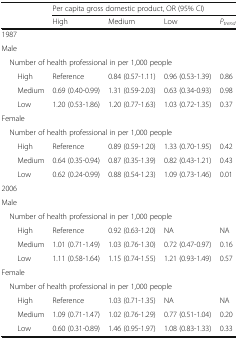
<table><thead><tr><td rowspan="2"></td><td colspan="4"><b>Per capita gross domestic product, OR (95% CI)</b></td></tr><tr><td><b>High</b></td><td><b>Medium</b></td><td><b>Low</b></td><td><b><i>P</i><sub><i>trend</i></sub></b></td></tr></thead><tbody><tr><td colspan="5">1987</td></tr><tr><td colspan="5">Male</td></tr><tr><td colspan="5"> Number of health professional in per 1,000 people</td></tr><tr><td>High</td><td>Reference</td><td>0.84 (0.57-1.11)</td><td>0.96 (0.53-1.39)</td><td>0.86</td></tr><tr><td>Medium</td><td>0.69 (0.40-0.99)</td><td>1.31 (0.59-2.03)</td><td>0.63 (0.34-0.93)</td><td>0.98</td></tr><tr><td>Low</td><td>1.20 (0.53-1.86)</td><td>1.20 (0.77-1.63)</td><td>1.03 (0.72-1.35)</td><td>0.37</td></tr><tr><td colspan="5">Female</td></tr><tr><td colspan="5"> Number of health professional in per 1,000 people</td></tr><tr><td>High</td><td>Reference</td><td>0.89 (0.59-1.20)</td><td>1.33 (0.70-1.95)</td><td>0.42</td></tr><tr><td>Medium</td><td>0.64 (0.35-0.94)</td><td>0.87 (0.35-1.39)</td><td>0.82 (0.43-1.21)</td><td>0.43</td></tr><tr><td>Low</td><td>0.62 (0.24-0.99)</td><td>0.88 (0.54-1.23)</td><td>1.09 (0.73-1.46)</td><td>0.01</td></tr><tr><td colspan="5">2006</td></tr><tr><td colspan="5">Male</td></tr><tr><td colspan="5"> Number of health professional in per 1,000 people</td></tr><tr><td>High</td><td>Reference</td><td>0.92 (0.63-1.20)</td><td>NA</td><td>NA</td></tr><tr><td>Medium</td><td>1.01 (0.71-1.49)</td><td>1.03 (0.76-1.30)</td><td>0.72 (0.47-0.97)</td><td>0.16</td></tr><tr><td>Low</td><td>1.11 (0.58-1.64)</td><td>1.15 (0.74-1.55)</td><td>1.21 (0.93-1.49)</td><td>0.57</td></tr><tr><td colspan="5">Female</td></tr><tr><td colspan="5"> Number of health professional in per 1,000 people</td></tr><tr><td>High</td><td>Reference</td><td>1.03 (0.71-1.35)</td><td>NA</td><td>NA</td></tr><tr><td>Medium</td><td>1.09 (0.71-1.47)</td><td>1.02 (0.76-1.29)</td><td>0.77 (0.51-1.04)</td><td>0.20</td></tr><tr><td>Low</td><td>0.60 (0.31-0.89)</td><td>1.46 (0.95-1.97)</td><td>1.08 (0.83-1.33)</td><td>0.33</td></tr></tbody></table>